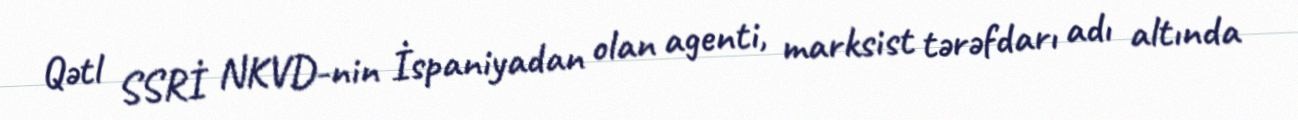
Qətl SSRİ NKVD-nin İspaniyadan olan agenti, marksist tərəfdarı adı altında